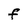
Character: F